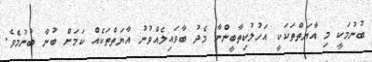
ބުނުމަކީ މި އާޔަތްތަކަކީ އަހުލުކިތާބީންނާ މެދު ބާވައިލެއްވުނު އާޔަތްތަކެއް ކަމަށް ބުނާ ބުނުމެވެ.